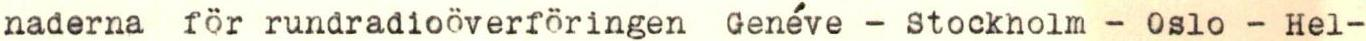
naderna för rundradioöverföringen Genéve - Stockholm - Oslo - Hel-